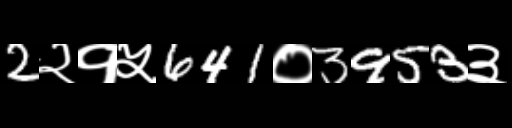
Text: 2२१५641०3953३